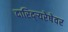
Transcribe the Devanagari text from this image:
दारिद्र्‍यरेषेवर